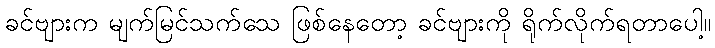
ခင်ဗျားက မျက်မြင်သက်သေ ဖြစ်နေတော့ ခင်ဗျားကို ရိုက်လိုက်ရတာပေါ့။